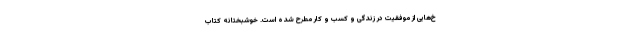
خ‌هایی از موفقیت در زندگی و کسب و کار مطرح شده است. خوشبختانه کتاب